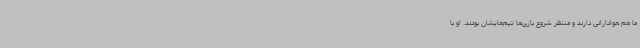
ما هم هوادارانی دارند و منتظر شروع بازی‌ها تیم‌هایشان بودند. او با